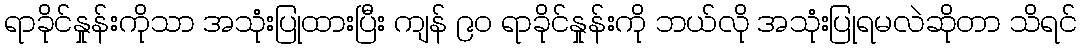
ရာခိုင်နှုန်းကိုသာ အသုံးပြုထားပြီး ကျန် ၉၀ ရာခိုင်နှုန်းကို ဘယ်လို အသုံးပြုရမလဲဆိုတာ သိရင်